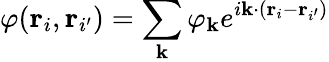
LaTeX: \varphi(\mathbf{r}_{i},\mathbf{r}_{i^{\prime}})=\sum_{\mathbf{k}}\varphi_{\mathbf{k}}e^{i\mathbf{k}\cdot(\mathbf{r}_{i}-\mathbf{r}_{i^{\prime}})}